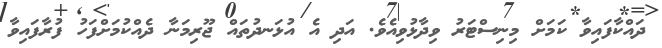
ދައްކާފައިވާ ކަމަށް މިނިސްޓަރު ވިދާޅުވިއެވެ. އަދި އެ އުޅަނދުތައް ޖޫރިމަނާ ދެއްކުމަށްފަހު ފުރާފައިވާ